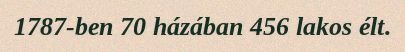
1787-ben 70 házában 456 lakos élt.